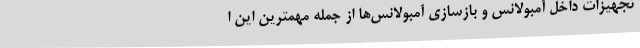
تجهیزات داخل آمبولانس و بازسازی آمبولانس‌ها از جمله مهمترین این ا